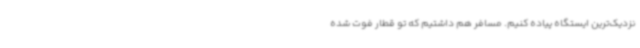
نزدیک‌ترین ایستگاه پیاده کنیم. مسافر هم داشتیم که تو قطار فوت شده